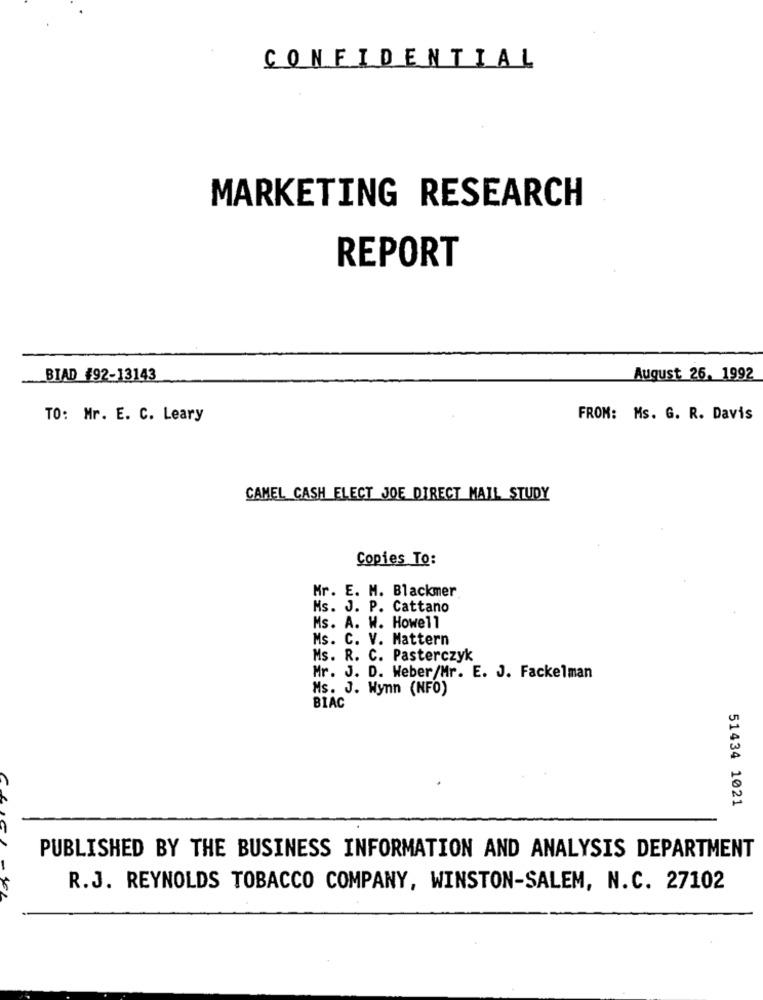
CONFIDENTIAL
MARKETING RESEARCH
REPORT
BIAD #92-13143
August 26. 1992
TO: Mr. E. C. Leary
FROM: Ms. G. R. Davis
CAMEL CASH ELECT JOE DIRECT MAIL STUDY
Copies To:
Mr. E. M. Blackmer
Ms. J. P. Cattano
Ms. A. W. Howell
Ms. C. V. Mattern
Ms. R. C. Pasterczyk
Mr. J. D. Weber/Mr. E. J. Fackelman
Ms. J. Wynn (NFO)
BIAC
51434 1021
PUBLISHED BY THE BUSINESS INFORMATION AND ANALYSIS DEPARTMENT
R.J. REYNOLDS TOBACCO COMPANY, WINSTON-SALEM, N.C. 27102